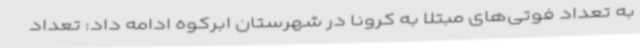
به تعداد فوتی‌های مبتلا به کرونا در شهرستان ابرکوه ادامه داد: تعداد